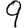
Digit: 9